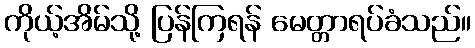
ကိုယ့်အိမ်သို့ ပြန်ကြရန် မေတ္တာရပ်ခံသည်။